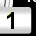
Digit: 1